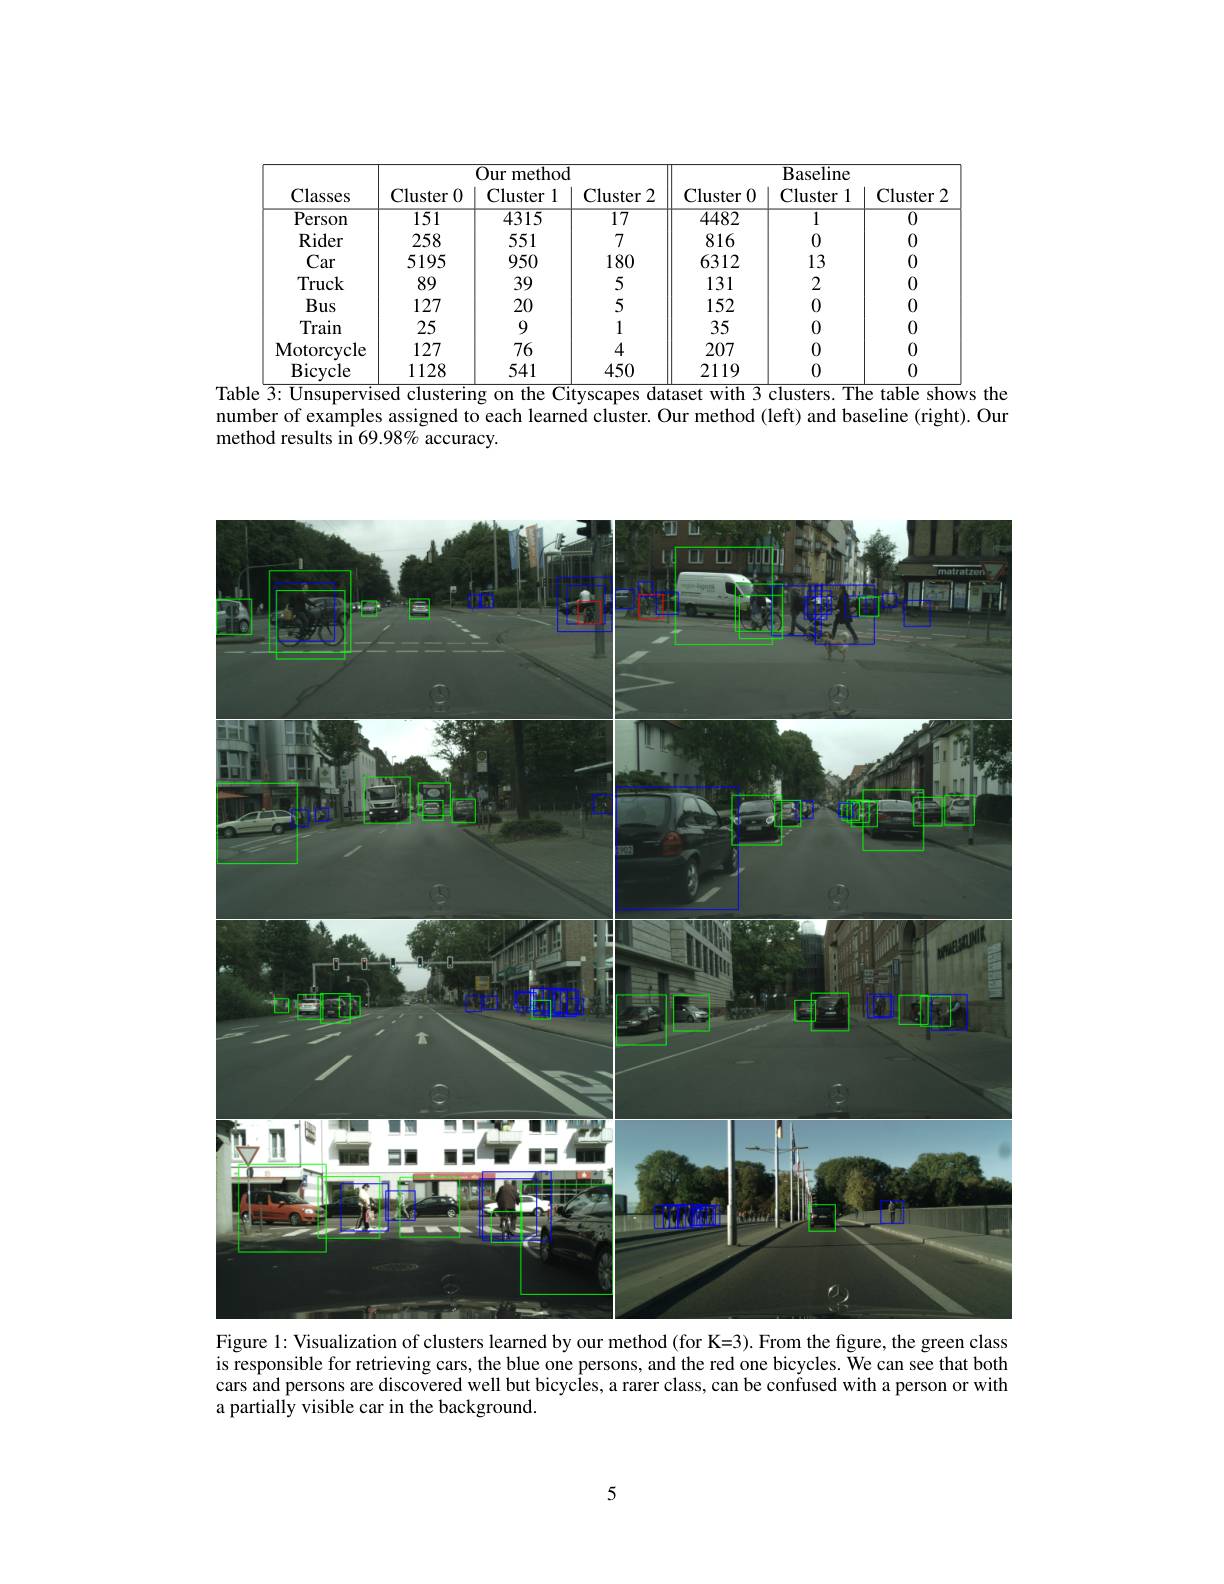
<table>
	<tbody>
		<tr>
			<th>Classes</th>
			<th>Cluster 0</th>
			<th>Our method Cluster 1</th>
			<th>Cluster 2</th>
			<th>Cluster 0</th>
			<th>$\overline{{\mathrm{Baseline}}}$ Cluster 1</th>
			<th>Cluster</th>
		</tr>
		<tr>
			<td>Person</td>
			<td>151</td>
			<td>4315</td>
			<td>$\overline{17}$</td>
			<td>4482</td>
			<td>1</td>
			<td>$\overline{0}$</td>
		</tr>
		<tr>
			<td>Rider</td>
			<td>258</td>
			<td>551</td>
			<td>7</td>
			<td>816</td>
			<td>0</td>
			<td>0</td>
		</tr>
		<tr>
			<td>Car</td>
			<td>5195</td>
			<td>950</td>
			<td>180</td>
			<td>6312</td>
			<td>13</td>
			<td>0</td>
		</tr>
		<tr>
			<td>Truck</td>
			<td>89</td>
			<td>39</td>
			<td>5</td>
			<td>131</td>
			<td>2</td>
			<td>0</td>
		</tr>
		<tr>
			<td>Bus</td>
			<td>127</td>
			<td>20</td>
			<td>5</td>
			<td>152</td>
			<td>0</td>
			<td>0</td>
		</tr>
		<tr>
			<td>Train</td>
			<td>25</td>
			<td>9</td>
			<td>1</td>
			<td>35</td>
			<td>0</td>
			<td>0</td>
		</tr>
		<tr>
			<td>Motorcycle</td>
			<td>127</td>
			<td>76</td>
			<td>4</td>
			<td>207</td>
			<td>0</td>
			<td>0</td>
		</tr>
		<tr>
			<td>Bicycle</td>
			<td>1128</td>
			<td>541</td>
			<td>450</td>
			<td>2119</td>
			<td>0</td>
			<td>0</td>
		</tr>
	</tbody>
</table>
Table $\overline{3:\text{Unsupervised clustering on the Cityscapes dataset with }3\text{clusters.The table shows the}}$

number of examples assigned to each learned cluster. Our method (left) and baseline (right). Our
method results in 69.98% accuracy.

<FigureHere>
Figure 1: Visualization of clusters learned by our method (for K=3). From the figure, the green class

is responsible for retrieving cars, the blue one persons, and the red one bicycles. We can see that both cars and persons are discovered well but bicycles, a rarer class, can be confused with a person or with a partially visible car in the background.

5